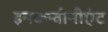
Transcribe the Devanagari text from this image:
इनकन्वीनीएंट